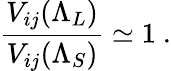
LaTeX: \frac{V_{ij}(\Lambda_{L})}{V_{ij}(\Lambda_{S})}\simeq 1\ .